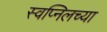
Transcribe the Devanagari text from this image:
स्वप्निलच्या